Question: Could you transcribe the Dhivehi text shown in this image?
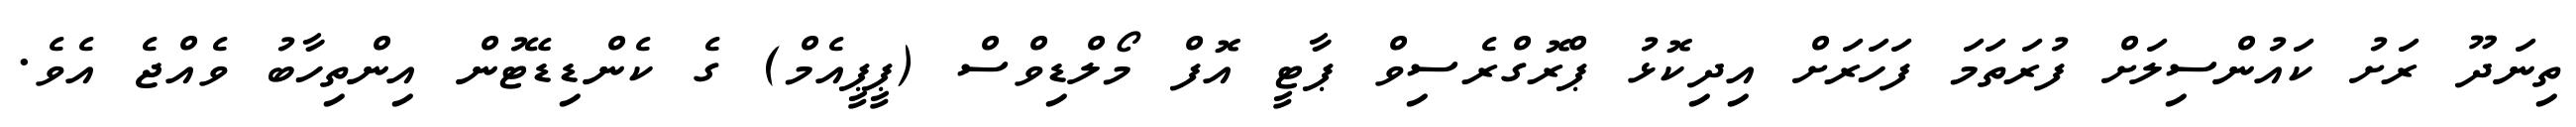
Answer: ތިނަދޫ ރަށު ކައުންސިލަށް ފުރަތަމަ ފަހަރަށް އިދިކޮޅު ޕްރޮގްރެސިވް ޕާޓީ އޮފް މޯލްޑިވްސް (ޕީޕީއެމް) ގެ ކެންޑިޑޭޓުން އިންތިހާބު ވެއްޖެ އެވެ.